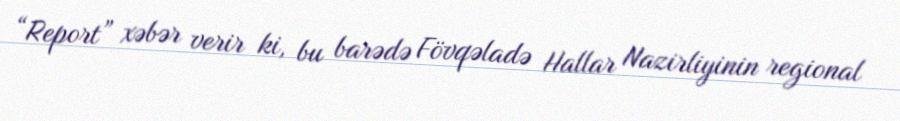
“Report” xəbər verir ki, bu barədə Fövqəladə Hallar Nazirliyinin regional